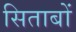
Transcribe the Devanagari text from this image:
सिताबों